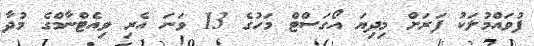
ފުވައްމުލަކު ފަރަށް މިދިޔަ އޯގަސްޓް މަހުގެ 13 ވަނަ އެރި ވިއެޓްނާމްގެ މުދާ